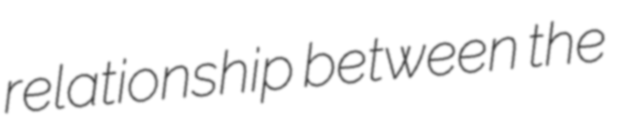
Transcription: relationship between the